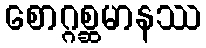
စောဂ္ဂစ္ဆမာနဿ